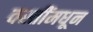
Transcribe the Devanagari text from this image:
वस्तींमधून